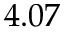
4 . 0 7